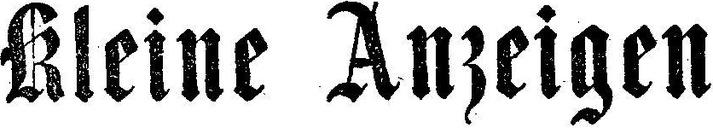
Kleine Anzeigen.